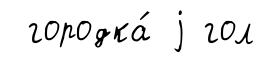
городка́ j гол